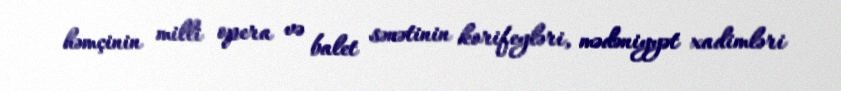
həmçinin milli opera və balet sənətinin korifeyləri, mədəniyyət xadimləri